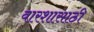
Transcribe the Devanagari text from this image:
वारशासाठी